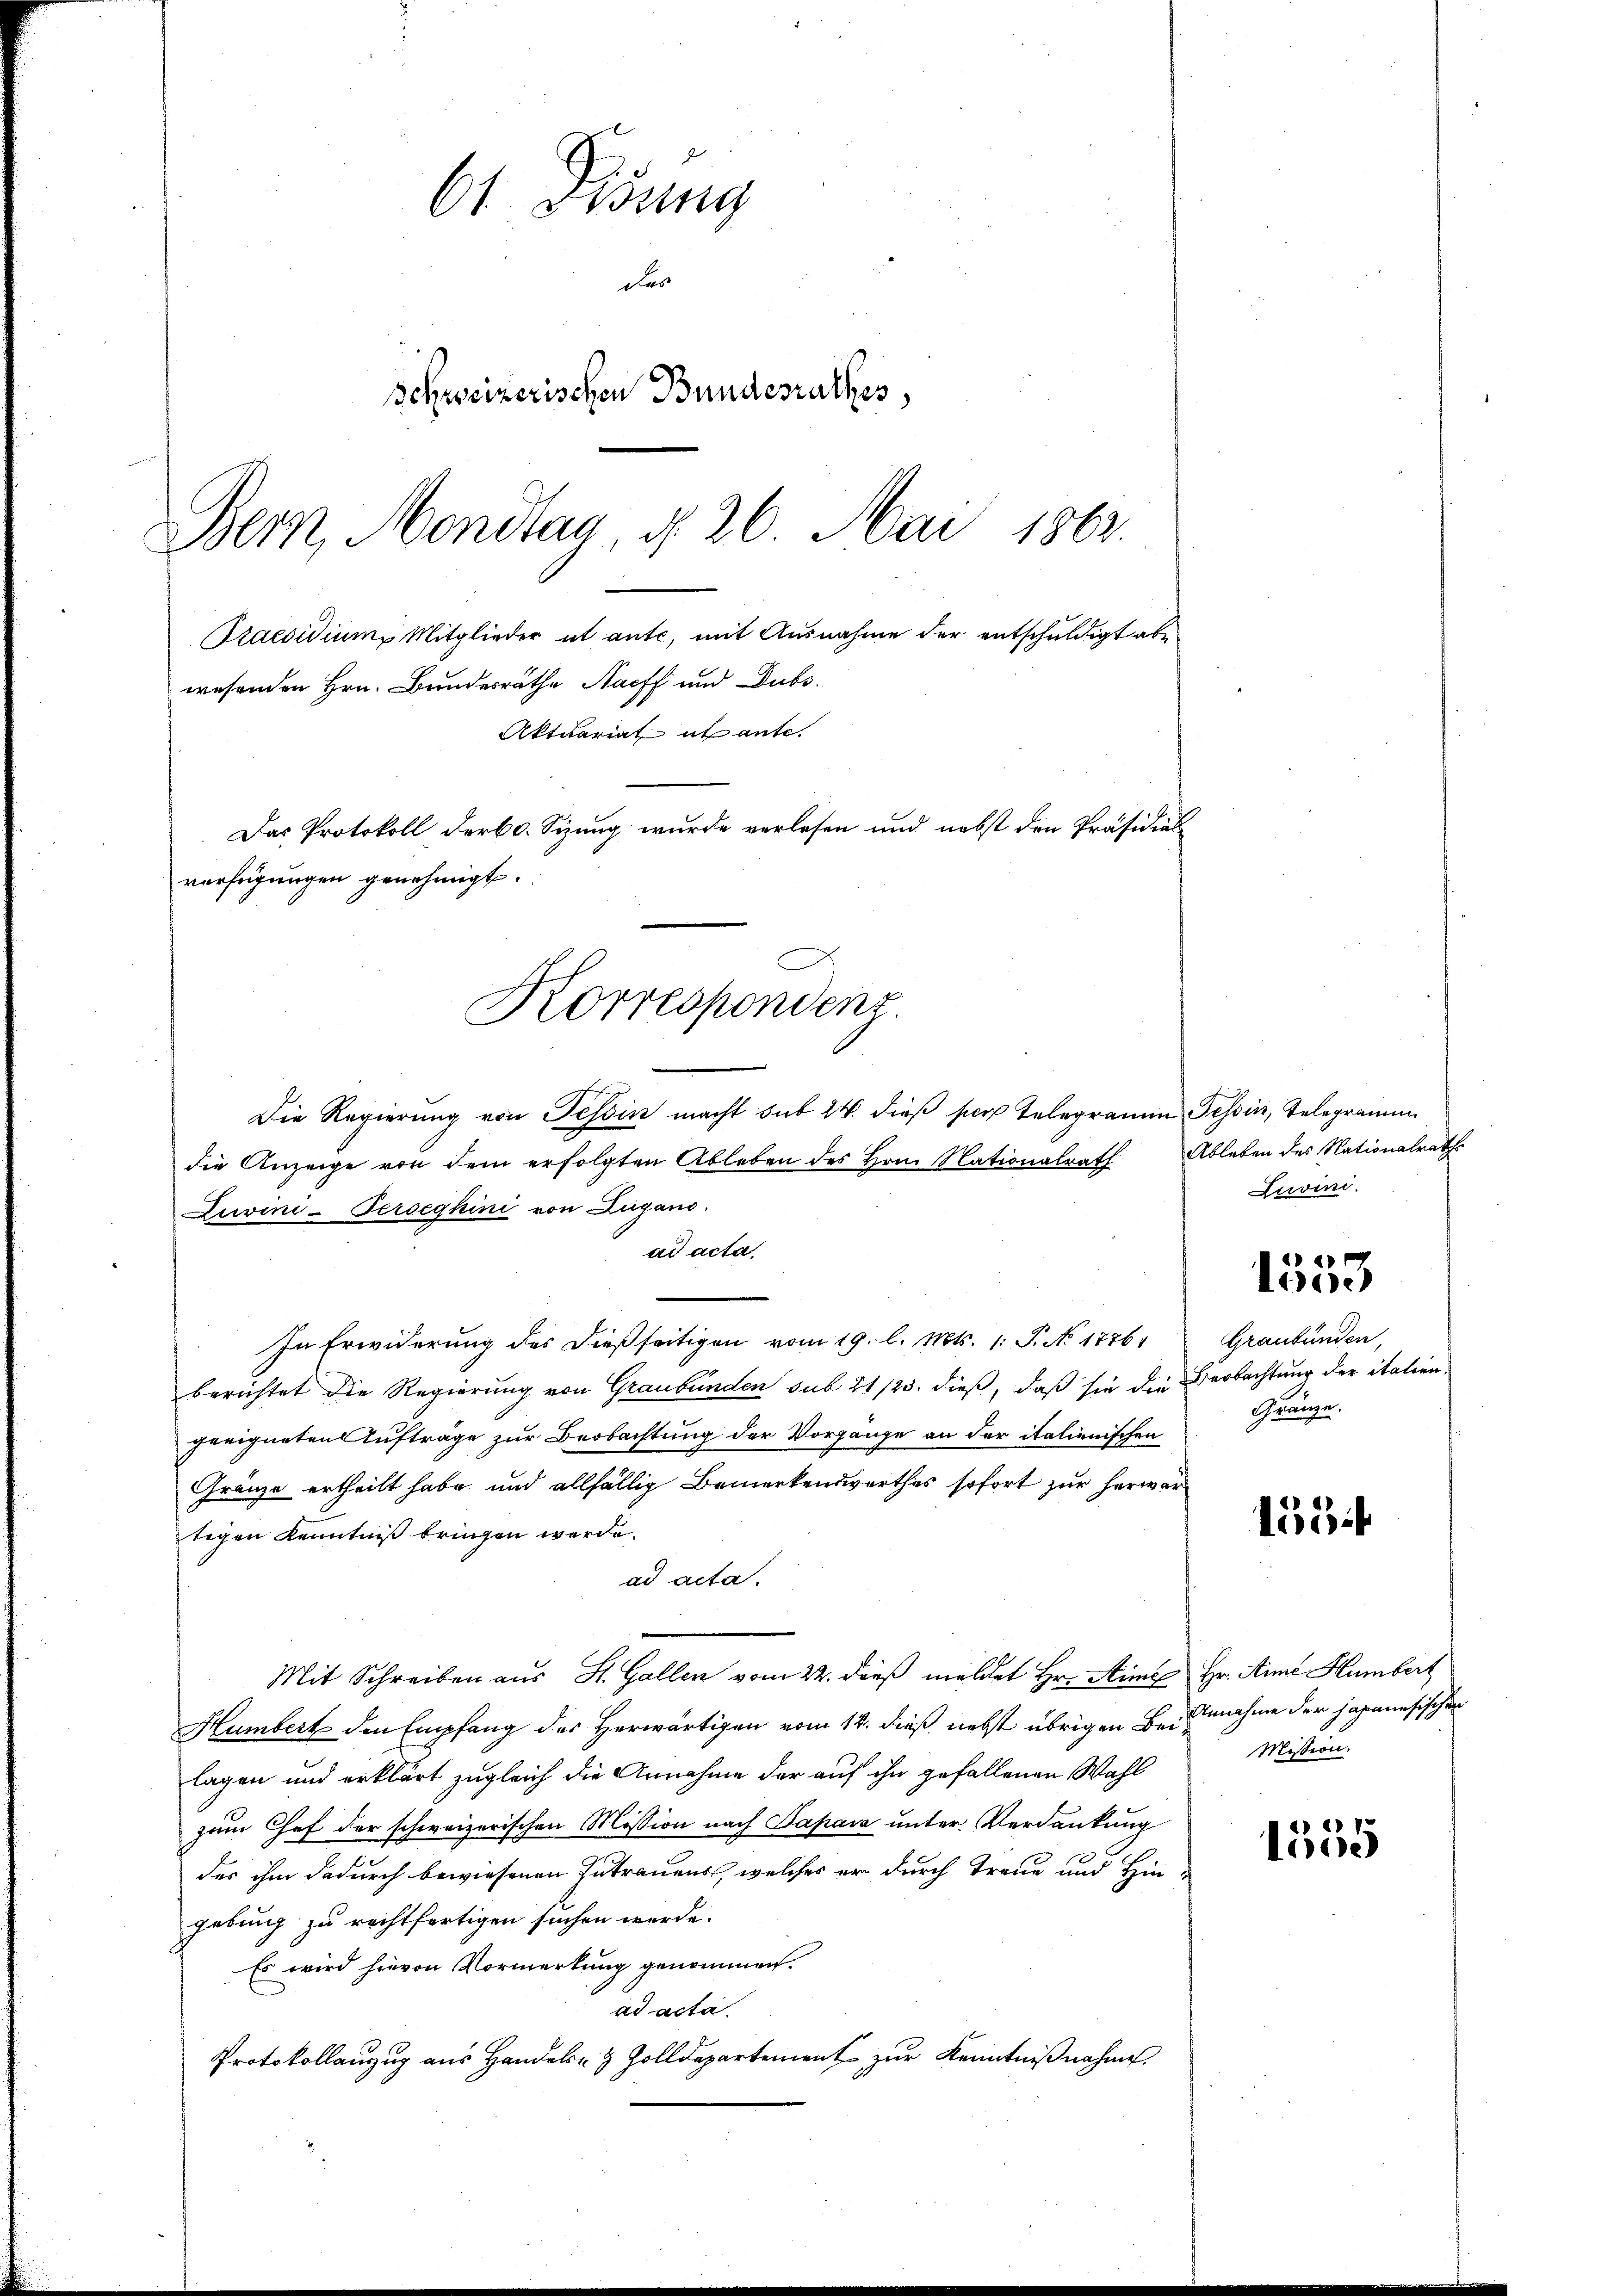
2
61. Gesung
das
Schweizerischen Bundesrathes,
Bern, Mondtag, d. 26. Mai 1863.
Praesidium Mitglieder et ante, mit Ausnahme der entschuldigt abe

wesenden Hrn. Bundesrathe Nach und Dubs¬
Das Protokoll der 60. Sizung wurde verlesen und nebst den Präsidial
verfügungen genehmigt.
Korrespondenz.

Aktuariat it ante.

Die Regierung von Tessin macht sub 24. dieß per Telegramm Tessin, Telegramm
die Anzeige von dem erfolgten Ableben des Hrn. Nationalrath
Luwini-Ferseghini von Zugano.
ad acta
In Erwiderung des dießseitigen vom 19. l. Mts. 1: P. No 1776,
berichtet die Regierung von Graubünden sub 21/23. dieß, daß sie die Beobachtung der italiengeeigneten Aufträge zur Beobachtung der Vorgänge an der italienischen
Gränze ertheilt habe und allfällig Bemerkenswerthes sofort zur herwertigen Kenntniß bringen werde.
ad acta.
Mit Schreiben aus St. Gallen vom 22. dieß meldet Hr. Stime Hr. Anna Humbert
Humbert den Empfang des Herwärtigen vom 14. dieß nebst übrigen Beinnahme der japanesischen
lagen und erklärt zugleich die Annahme der auf ihn gefallenen Wahl
zum Chef der schweizerischen Mission nach Papar unter Verdankung
des ihm dadurch bewiesenen Zutrauens, welches er durch Treue und Hingebung zu rechtfertigen suchen werde.
Es wird hievon Vormerkung genommen.
ad acta.
Protokollauszug aus Handeln & Zolldepartement zur Kenntnißnahme.

Ableben des Nationalrath
Luvini.

oie

Graubünden,
Gränze.

1554

Mission.

1555